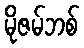
မိုဇမ်ဘစ်